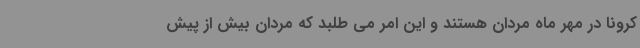
کرونا در مهر ماه مردان هستند و این امر می طلبد که مردان بیش از پیش